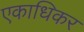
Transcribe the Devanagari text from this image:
एकाधिकर